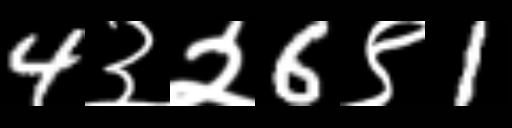
Text: 4३२6९1